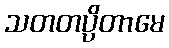
သတတပ္ပိတာမေ